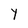
Character: Y